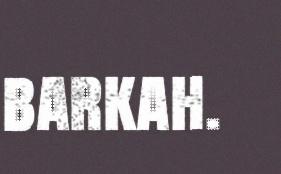
barkah.